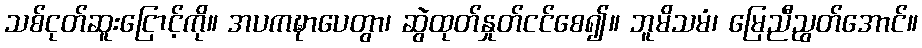
သစ်ငုတ်ဆူးငြောင့်ကို။ အပကဍ္ဎာပေတွာ၊ ဆွဲထုတ်နှုတ်ငင်စေ၍။ ဘူမိသမံ၊ မြေညီညွတ်အောင်။